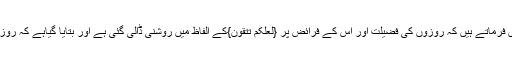
حضرت مصلح موعود رضی اللہ عنہ اس کی تفسیر میں فرماتے ہیں کہ روزوں کی فضیلت اور اس کے فرائض پر {لَعَلَّکُمْ تَتَّقُوْنَ}کے الفاظ میں روشنی ڈالی گئی ہے اور بتایا گیاہے کہ روزے تم پر اس لئے فرض کئے گئے ہیں تا کہ تم بچ جاؤ۔